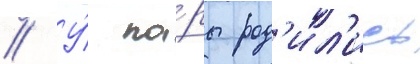
// У́ па́ры род'ил'ись